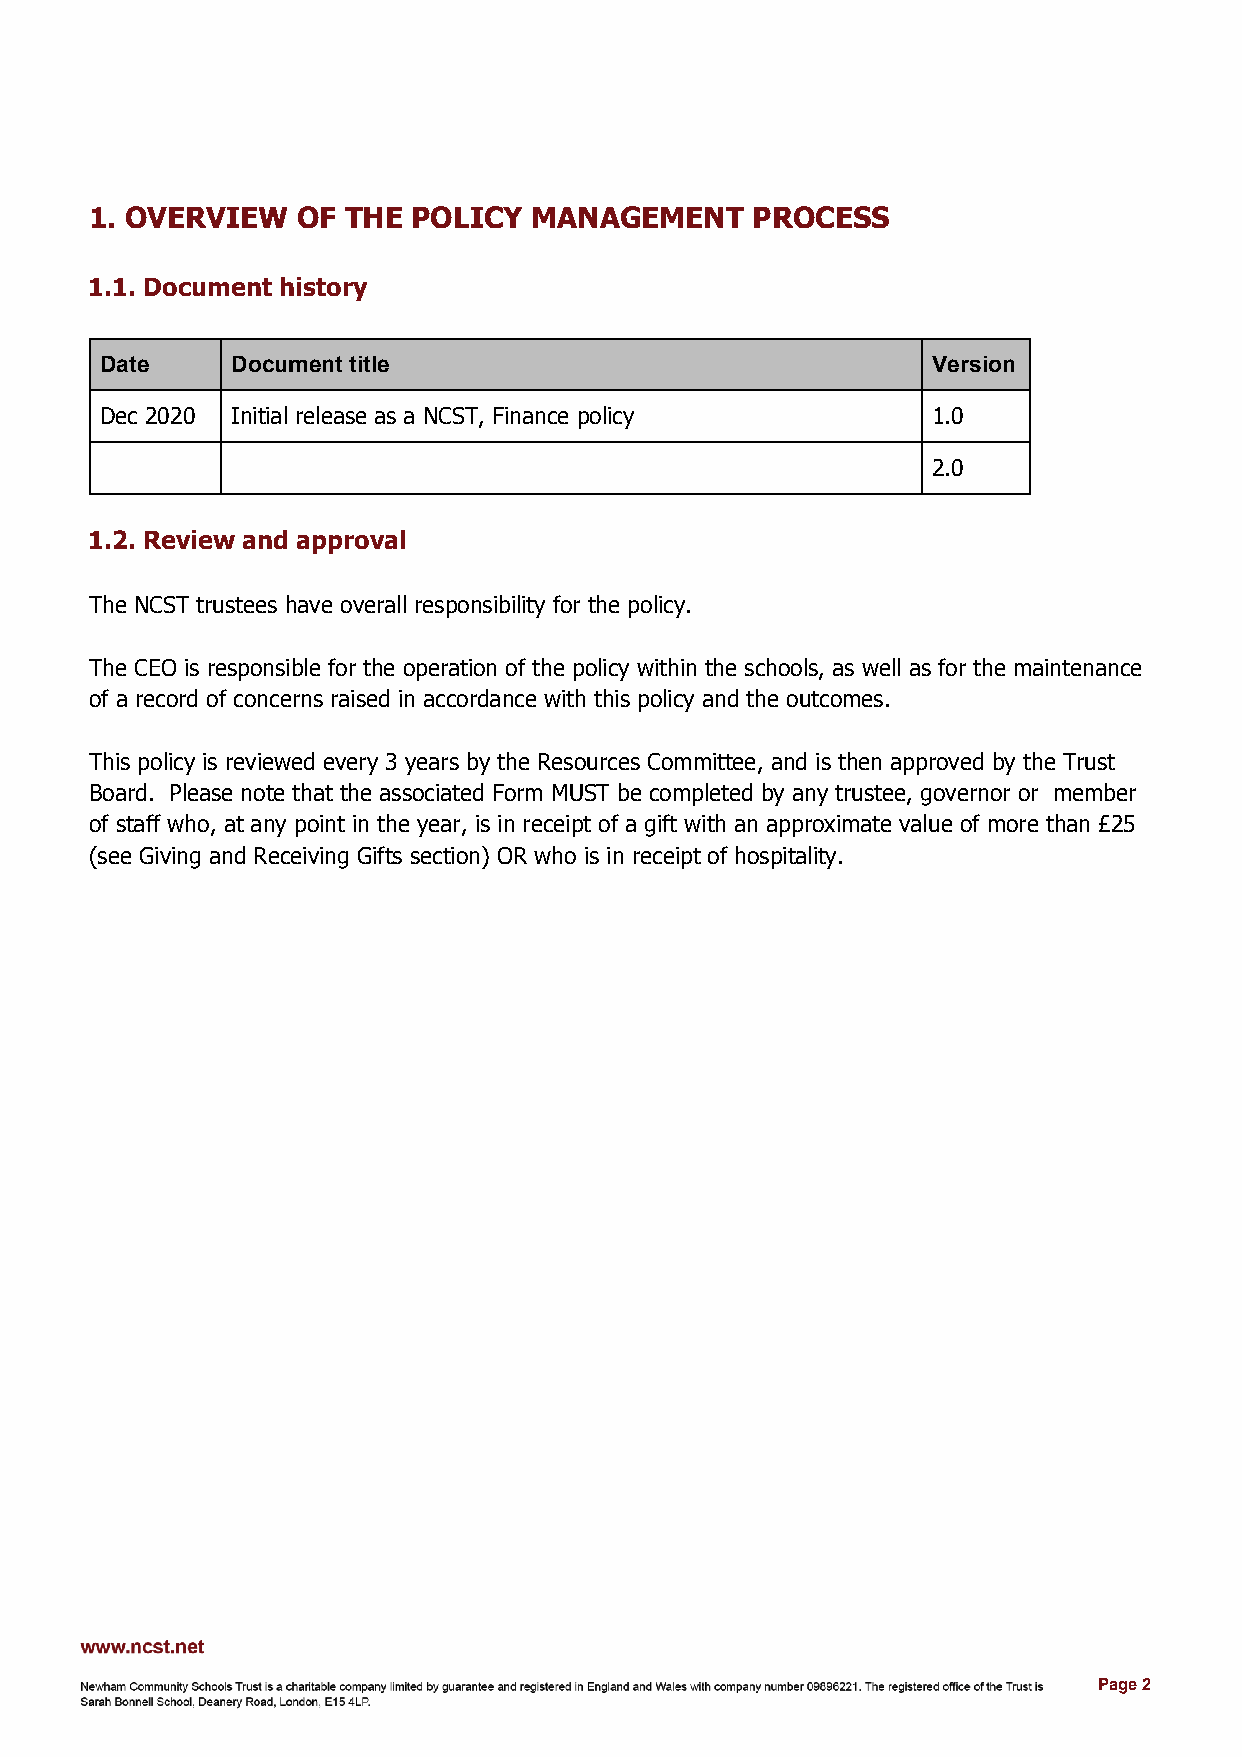
​1.​ OVERVIEW OF THE POLICY  MANAGEMENT     PROCESS
 ​1.1.​ Document history
 Date    Document title                                 Version
 Dec 2020 Initial release as a NCST, Finance policy     1.0
 2.0
 ​1.2.​ Review and approval
 The NCST trustees have overall responsibility for the policy.
 The CEO is responsible for the operation of the policy within the schools, as well as for the maintenance
 of a record of concerns raised in accordance with this policy and the outcomes.
 This policy is reviewed every 3 years by the Resources Committee, and is then approved by the Trust
 Board. Please note that the associated Form MUST be completed by any trustee, governor or member
 of staff who, at any point in the year, is in receipt of a gift with an approximate value of more than £25
 (see Giving and Receiving Gifts section) OR who is in receipt of hospitality.
 Page 2